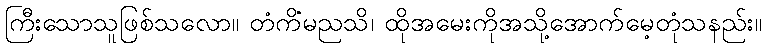
ကြီးသောသူဖြစ်သလော။ တံကိံမညသိ၊ ထိုအမေးကိုအသို့အောက်မေ့တုံသနည်း။